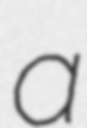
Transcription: a